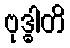
ဗုဒ္ဓါတိ